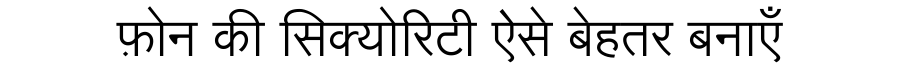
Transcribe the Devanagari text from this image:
फ़ोन की सिक्योरिटी ऐसे बेहतर बनाएँ